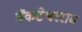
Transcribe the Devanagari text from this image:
वेंकटेश्वरराव